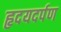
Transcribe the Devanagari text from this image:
हृदयदर्पण